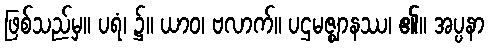
ဖြစ်သည်မှ။ ပရံ၊ ၌။ ယာဝ၊ ဗလာက်။ ပဌမဇ္ဈာနဿ၊ ၏။ အပ္ပနာ